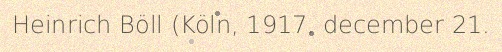
Heinrich Böll (Köln, 1917. december 21.